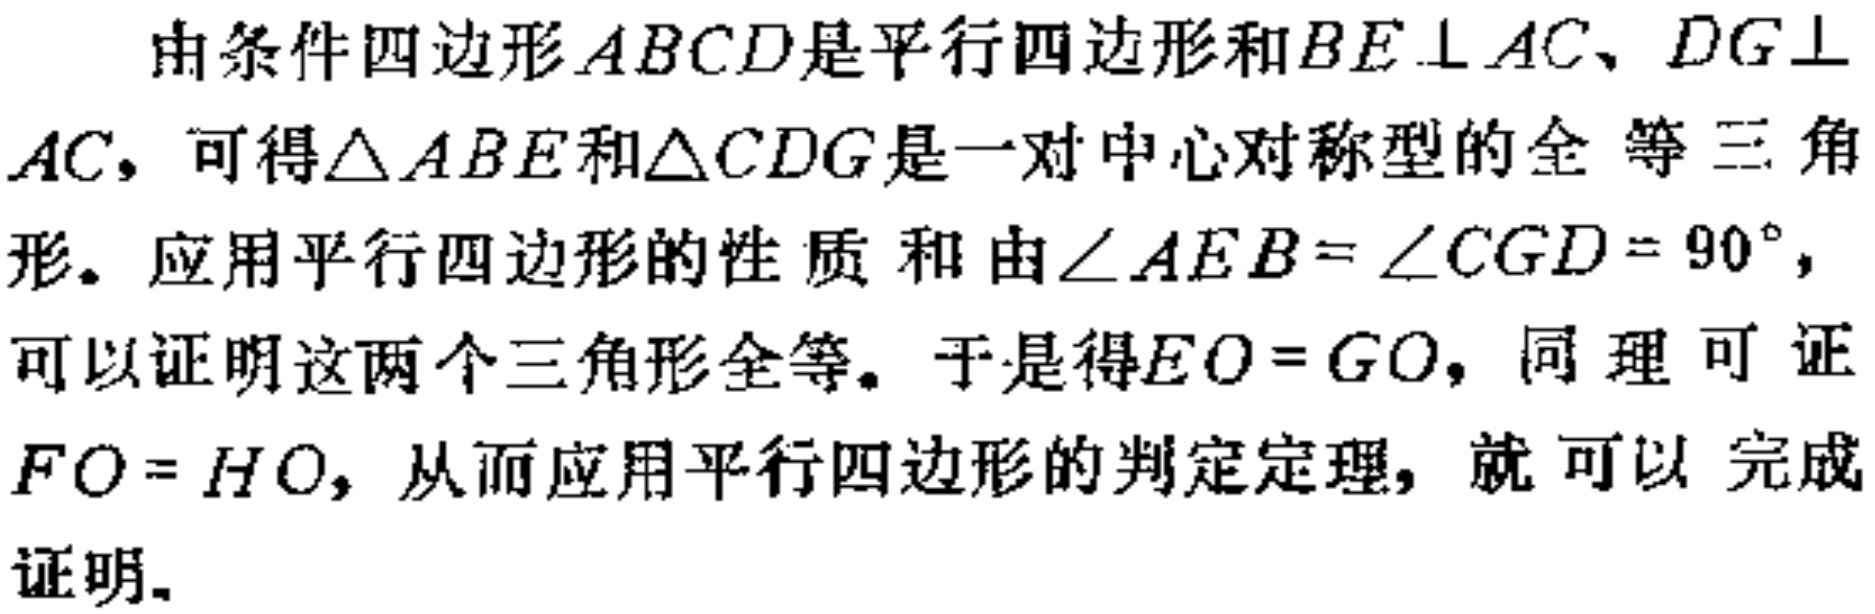
由条件四边形\(ABCD\)是平行四边形和\(BE\perp AC\)、\(DG\perp AC\)，可得\(\triangle ABE\)和\(\triangle CDG\)是一对中心对称型的全等三角形。应用平行四边形的性质和由\(\angle AEB = \angle CGD = 90^{\circ}\)，可以证明这两个三角形全等。于是得\(EO = GO\)，同理可证\(FO = HO\)，从而应用平行四边形的判定定理，就可以完成证明。